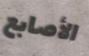
الأصابع